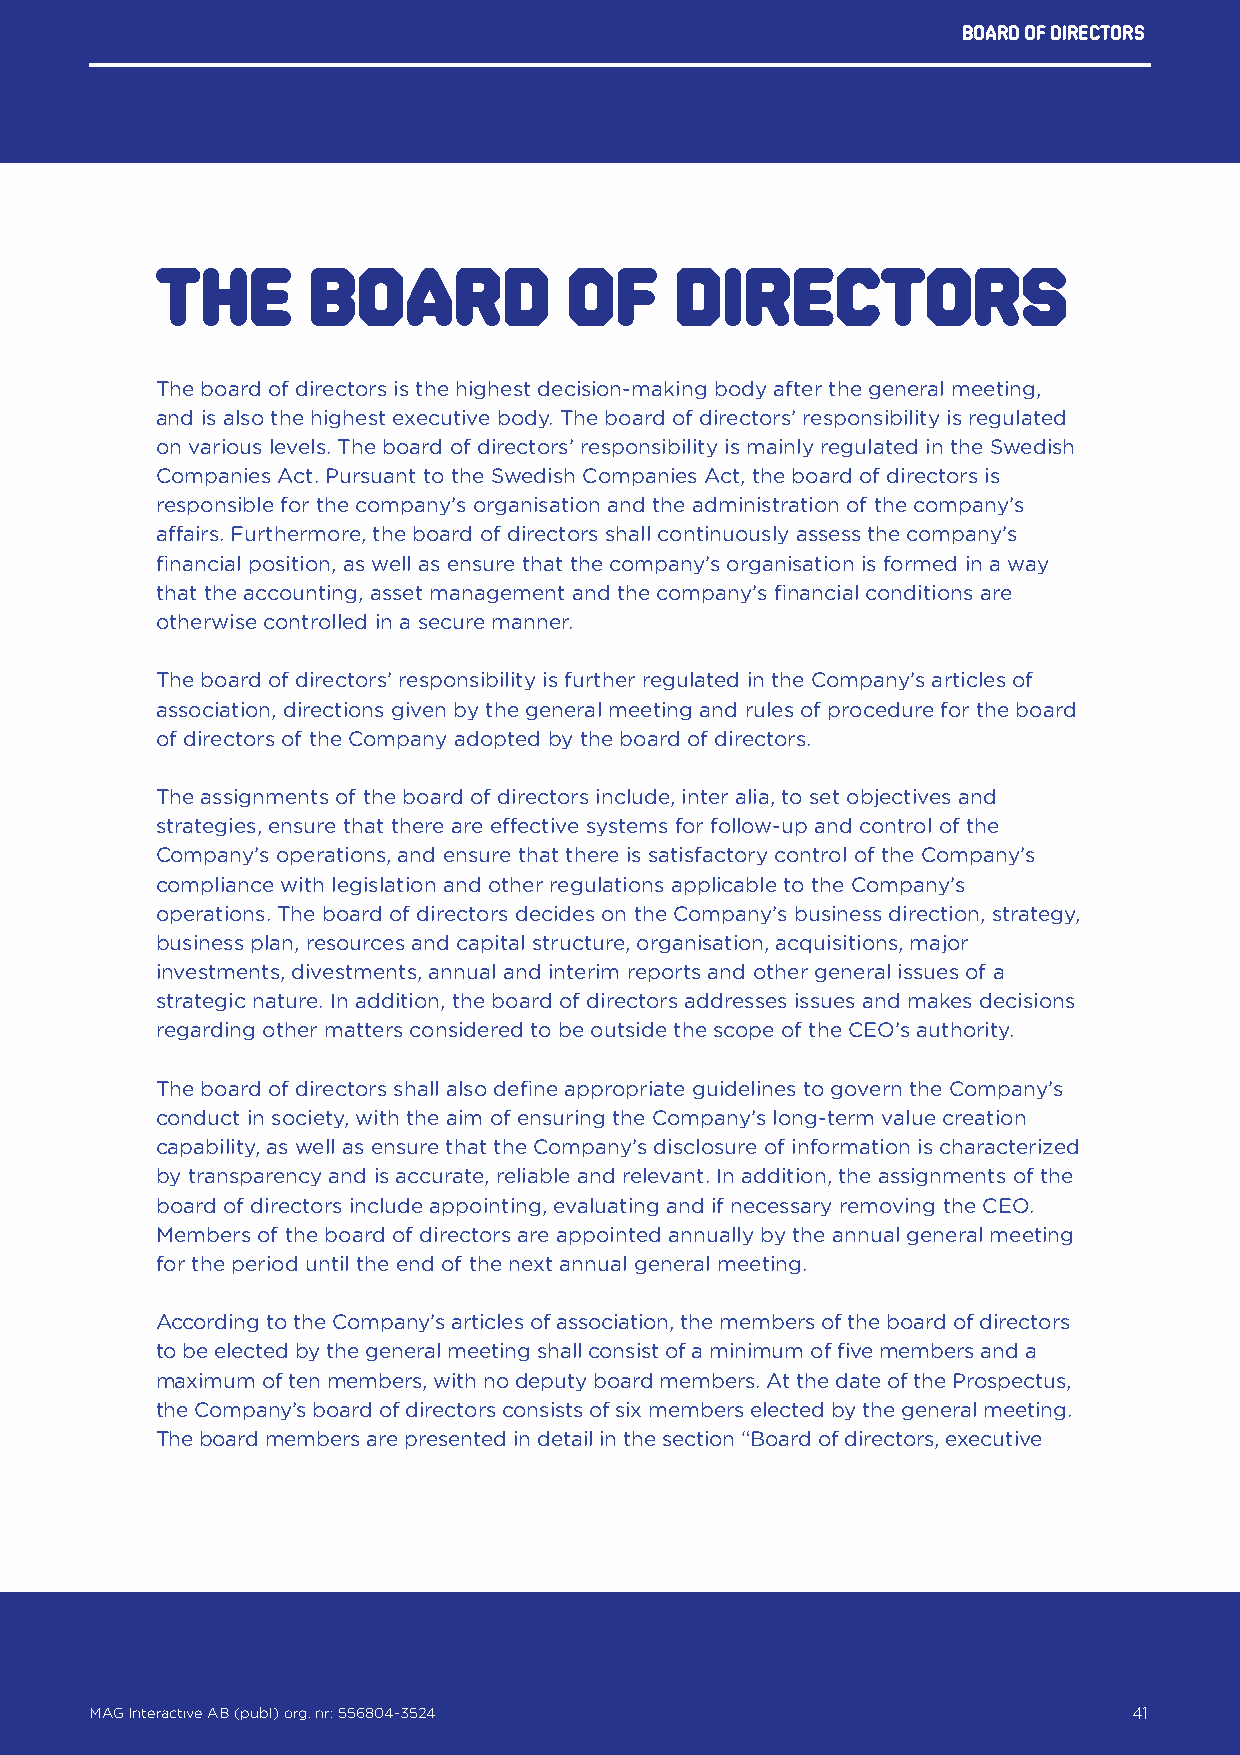
Board of directors
 The       board             of     directors
 The board of directors is the highest decision-making body after the general meeting,
 and is also the highest executive body. The board of directors’ responsibility is regulated
 on various levels. The board of directors’ responsibility is mainly regulated in the Swedish
 Companies Act. Pursuant to the Swedish Companies Act, the board of directors is
 responsible for the company’s organisation and the administration of the company’s
 affairs. Furthermore, the board of directors shall continuously assess the company’s
 financial position, as well as ensure that the company’s organisation is formed in a way
 that the accounting, asset management and the company’s financial conditions are
 otherwise controlled in a secure manner.
 The board of directors’ responsibility is further regulated in the Company’s articles of
 association, directions given by the general meeting and rules of procedure for the board
 of directors of the Company adopted by the board of directors.
 The assignments of the board of directors include, inter alia, to set objectives and
 strategies, ensure that there are effective systems for follow-up and control of the
 Company’s operations, and ensure that there is satisfactory control of the Company’s
 compliance with legislation and other regulations applicable to the Company’s
 operations. The board of directors decides on the Company’s business direction, strategy,
 business plan, resources and capital structure, organisation, acquisitions, major
 investments, divestments, annual and interim reports and other general issues of a
 strategic nature. In addition, the board of directors addresses issues and makes decisions
 regarding other matters considered to be outside the scope of the CEO’s authority.
 The board of directors shall also define appropriate guidelines to govern the Company’s
 conduct in society, with the aim of ensuring the Company’s long-term value creation
 capability, as well as ensure that the Company’s disclosure of information is characterized
 by transparency and is accurate, reliable and relevant. In addition, the assignments of the
 board of directors include appointing, evaluating and if necessary removing the CEO.
 Members of the board of directors are appointed annually by the annual general meeting
 for the period until the end of the next annual general meeting.
 According to the Company’s articles of association, the members of the board of directors
 to be elected by the general meeting shall consist of a minimum of five members and a
 maximum of ten members, with no deputy board members. At the date of the Prospectus,
 the Company’s board of directors consists of six members elected by the general meeting.
 The board members are presented in detail in the section “Board of directors, executive
 MAG Interactive AB (publ) org. nr: 556804-3524                   41
 MAG Interactive AB (publ) org. nr: 556804-3524                       41